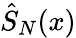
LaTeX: \hat{S}_{N}(x)